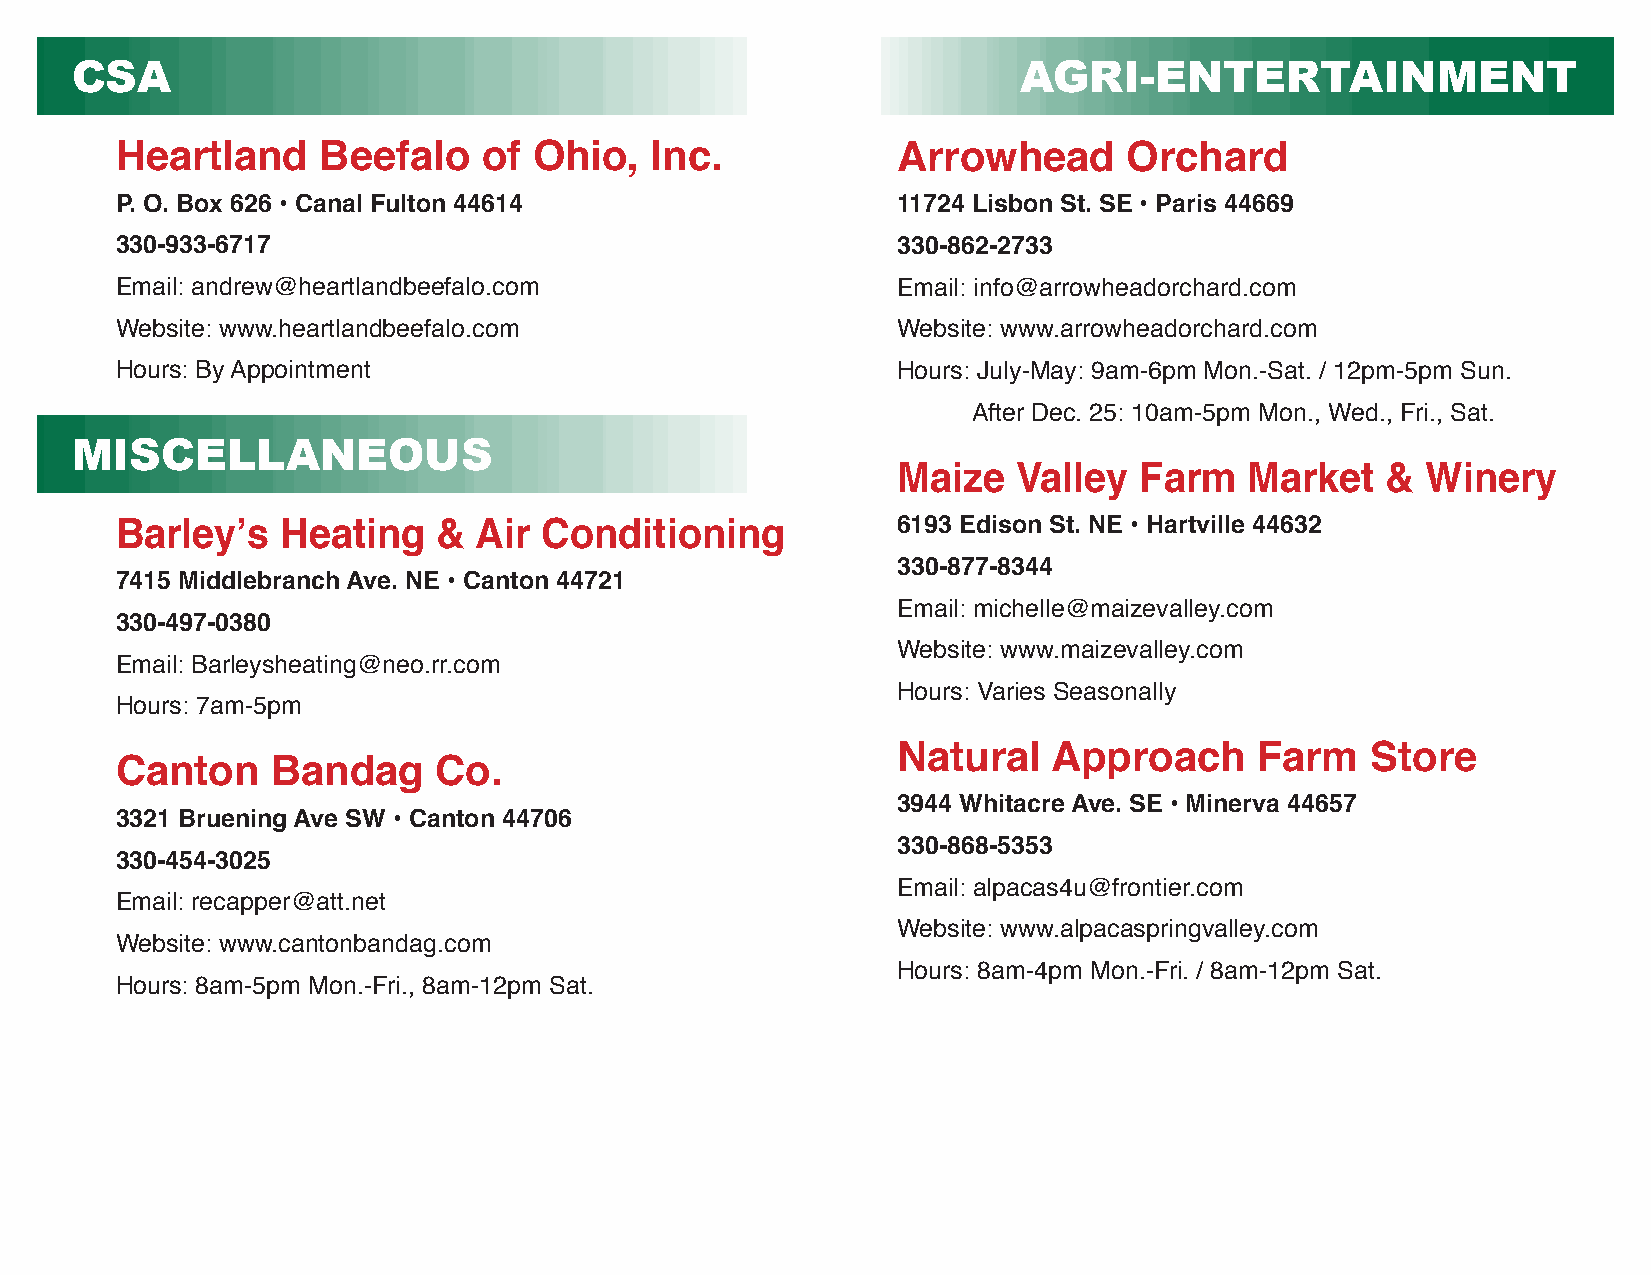
CSA                                                           AGRI-ENTERTAINMENT
 Heartland    Beefalo    of Ohio,   Inc.            Arrowhead       Orchard
 P. O. Box 626 • Canal Fulton 44614                 11724 Lisbon St. SE • Paris 44669
 330-933-6717                                       330-862-2733
 Email: andrew@heartlandbeefalo.com                 Email: info@arrowheadorchard.com
 Website: www.heartlandbeefalo.com                  Website: www.arrowheadorchard.com
 Hours: By Appointment                              Hours: July-May: 9am-6pm Mon.-Sat. / 12pm-5pm Sun.
 After Dec. 25: 10am-5pm Mon., Wed., Fri., Sat.
 MISCELLANEOUS
 Maize   Valley  Farm    Market   & Winery
 Barley’s   Heating   & Air  Conditioning           6193 Edison St. NE • Hartville 44632
 330-877-8344
 7415 Middlebranch Ave. NE • Canton 44721
 Email: michelle@maizevalley.com
 330-497-0380
 Website: www.maizevalley.com
 Email: Barleysheating@neo.rr.com
 Hours: Varies Seasonally
 Hours: 7am-5pm
 Natural    Approach     Farm    Store
 Canton    Bandag     Co.
 3944 Whitacre Ave. SE • Minerva 44657
 3321 Bruening Ave SW • Canton 44706
 330-868-5353
 330-454-3025
 Email: alpacas4u@frontier.com
 Email: recapper@att.net
 Website: www.alpacaspringvalley.com
 Website: www.cantonbandag.com
 Hours: 8am-4pm Mon.-Fri. / 8am-12pm Sat.
 Hours: 8am-5pm Mon.-Fri., 8am-12pm Sat.